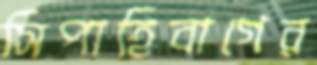
সিপাহিবাগের